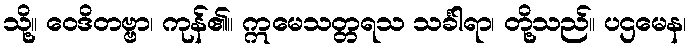
သို့။ ဝေဒိတဗ္ဗာ၊ ကုန်၏။ ဣမေသတ္တရသ သင်္ခါရာ၊ တို့သည်။ ပဌမေန၊